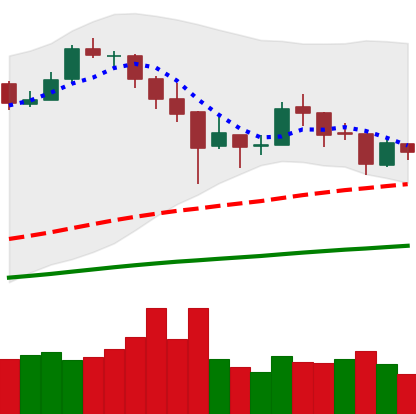
Ticker: BTC-USD
Chart end date: 2018-01-01
Forward return: 28.335%
Label: up_7plus